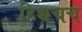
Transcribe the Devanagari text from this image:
हिच्चचच